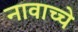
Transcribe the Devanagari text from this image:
नावाच्चे